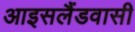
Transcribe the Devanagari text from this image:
आइसलैंडवासी